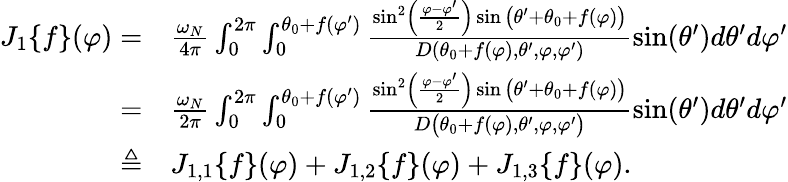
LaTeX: \begin{array}{rl}{J_{1}\{ f\} (\varphi)=}&{{}\frac{\omega_{N}}{4\pi}\int_{0}^{2\pi}\int_{0}^{\theta_{0}+f(\varphi^{\prime})}\frac{\sin^{2}\left(\frac{\varphi-\varphi^{\prime}}{2}\right)\sin\big(\theta^{\prime}+\theta_{0}+f(\varphi)\big)}{D(\theta_{0}+f(\varphi),\theta^{\prime},\varphi,\varphi^{\prime})}\sin(\theta^{\prime})d\theta^{\prime}d\varphi^{\prime}}\\ {=}&{{}\frac{\omega_{N}}{2\pi}\int_{0}^{2\pi}\int_{0}^{\theta_{0}+f(\varphi^{\prime})}\frac{\sin^{2}\left(\frac{\varphi-\varphi^{\prime}}{2}\right)\sin\big(\theta^{\prime}+\theta_{0}+f(\varphi)\big)}{D\big(\theta_{0}+f(\varphi),\theta^{\prime},\varphi,\varphi^{\prime}\big)}\sin(\theta^{\prime})d\theta^{\prime}d\varphi^{\prime}}\\ {\triangleq}&{{}J_{1,1}\{ f\} (\varphi)+J_{1,2}\{ f\} (\varphi)+J_{1,3}\{ f\} (\varphi).}\end{array}